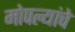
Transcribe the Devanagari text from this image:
मोपल्यांचे